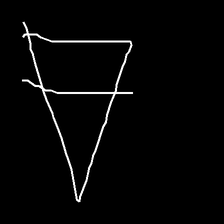
Glyph: empower